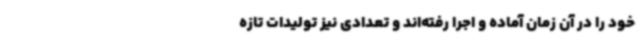
خود را در آن زمان آماده و اجرا رفته‌اند و تعدادی نیز تولیدات تازه